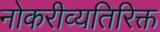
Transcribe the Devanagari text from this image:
नोकरीव्यतिरिक्त